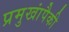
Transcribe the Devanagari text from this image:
प्रमुखांपैकी